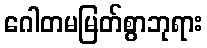
ဂေါတမမြတ်စွာဘုရား